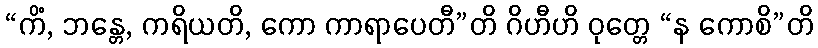
“ကိံ, ဘန္တေ, ကရိယတိ, ကော ကာရာပေတီ”တိ ဂိဟီဟိ ဝုတ္တေ “န ကောစိ”တိ